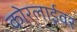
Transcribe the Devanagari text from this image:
कोरलाईवर